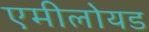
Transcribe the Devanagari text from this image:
एमीलोयड